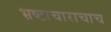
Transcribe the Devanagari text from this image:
भ्रष्टाचाराचाच